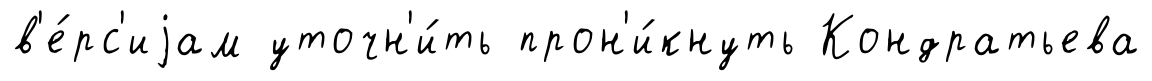
в'е́рс'иjам уточн'и́ть прон'и́кнуть Кондратьева